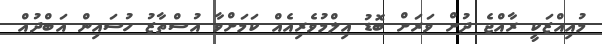
މުއިއްޒަކީ ރާއްޖެ ދުށް ވަރަށް ބޮޑު އިލްމުވެރިއެއް ކަމަށްވާ އުސްތާޒު ހުސައިން އަބްދުއް